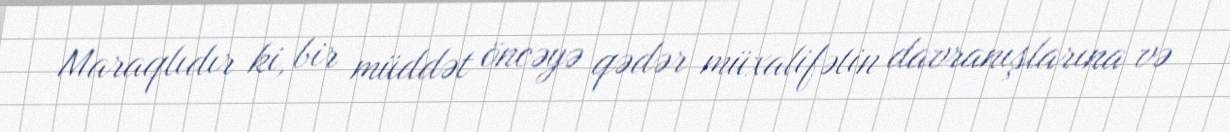
Maraqlıdır ki, bir müddət öncəyə qədər müxalifətin davranışlarına və